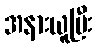
အနားယူပြီး